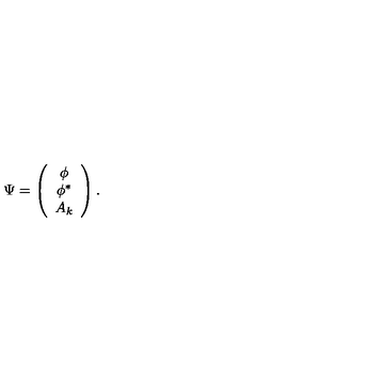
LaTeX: \Psi = \left( \begin{array} { c } { \phi } \\ { \phi ^ { \ast } } \\ { A _ { k } } \\ \end{array} \right) .